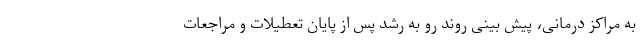
به مراکز درمانی، پیش بینی روند رو به رشد پس از پایان تعطیلات و مراجعات